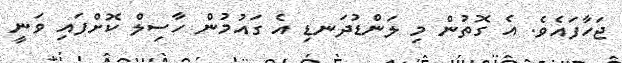
ޖަހާފައެވެ. އެ ގޮތުން މި ލަންޑުދަނޑި އެ ގައުމުން ހާސިލް ކޮށްފައި ވަނީ